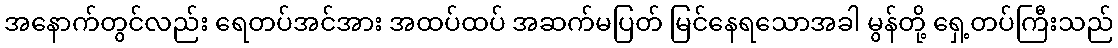
အနောက်တွင်လည်း ရေတပ်အင်အား အထပ်ထပ် အဆက်မပြတ် မြင်နေရသောအခါ မွန်တို့ ရှေ့တပ်ကြီးသည်